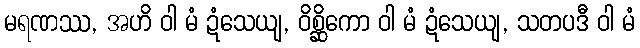
မရဏဿ, အဟိ ဝါ မံ ဍံသေယျ, ဝိစ္ဆိကော ဝါ မံ ဍံသေယျ, သတပဒီ ဝါ မံ